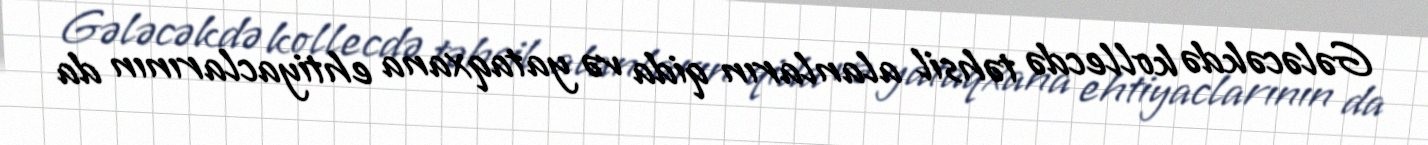
Gələcəkdə kollecdə təhsil alanların qida və yataqxana ehtiyaclarının da